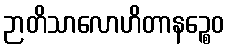
ဉာတိသာလောဟိတာနဉ္စေဝ